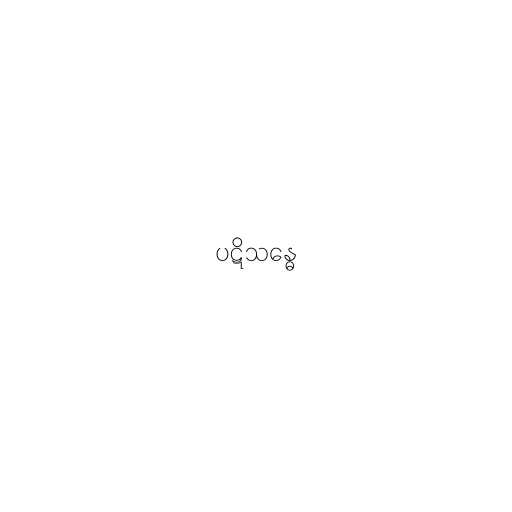
ပဋိသန္ဓေ